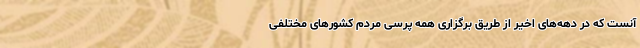
آنست که در دهه‌های اخیر از طریق برگزاری همه پرسی مردم کشور‌های مختلفی